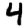
Digit: 4